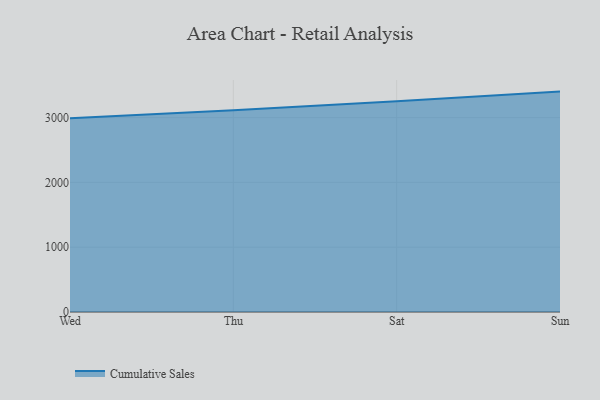
{"axis": {"x": "Day", "y": "Temperature (°C)"}, "legend": ["Cumulative Sales"], "data": [{"x": "Wed", "y": 2988.5, "type": "Cumulative Sales"}, {"x": "Thu", "y": 3111.8, "type": "Cumulative Sales"}, {"x": "Sat", "y": 3252.9, "type": "Cumulative Sales"}, {"x": "Sun", "y": 3400.7, "type": "Cumulative Sales"}]}